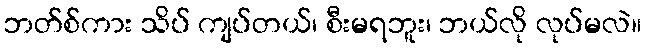
ဘတ်စ်ကား သိပ် ကျပ်တယ်၊ စီးမရဘူး၊ ဘယ်လို လုပ်မလဲ။